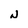
Character: N